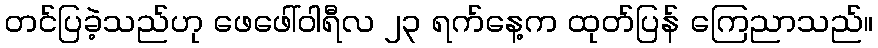
တင်ပြခဲ့သည်ဟု ဖေဖေါ်ဝါရီလ ၂၃ ရက်နေ့က ထုတ်ပြန် ကြေညာသည်။